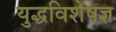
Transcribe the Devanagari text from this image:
युद्धविशेषज्ञ